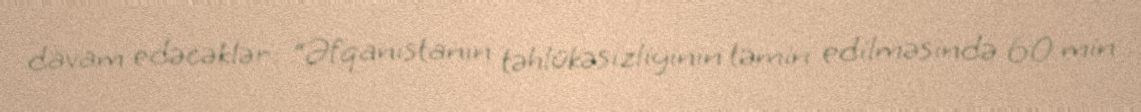
davam edəcəklər: “Əfqanıstanın təhlükəsizliyinin təmin edilməsində 60 min